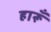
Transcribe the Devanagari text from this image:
हारूँ